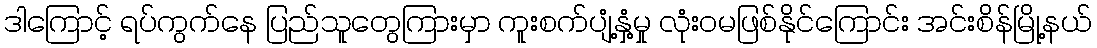
ဒါကြောင့် ရပ်ကွက်နေ ပြည်သူတွေကြားမှာ ကူးစက်ပျံ့နှံ့မှု လုံးဝမဖြစ်နိုင်ကြောင်း အင်းစိန်မြို့နယ်